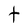
Character: t